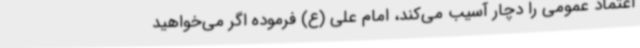
اعتماد عمومی را دچار آسیب می‌کند، امام علی (ع) فرموده اگر می‌خواهید